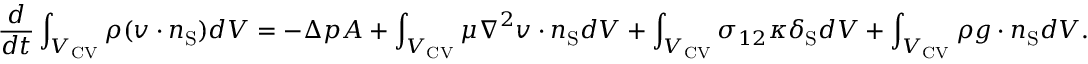
\frac { d } { d t } \int _ { { V _ { \mathrm { { C V } } } } } \rho ( \boldsymbol { v } \cdot \boldsymbol { n } _ { \mathrm { S } } ) d V = - \Delta p A + \int _ { { V _ { \mathrm { { C V } } } } } \mu \boldsymbol { \nabla } ^ { 2 } \boldsymbol { v } \cdot \boldsymbol { n } _ { \mathrm { S } } d V + \int _ { { V _ { \mathrm { { C V } } } } } \sigma _ { 1 2 } \kappa \delta _ { \mathrm { S } } d V + \int _ { { V _ { \mathrm { { C V } } } } } \rho \boldsymbol { g } \cdot \boldsymbol { n } _ { \mathrm { S } } d V .